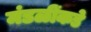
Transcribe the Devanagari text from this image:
मंडळींकडे